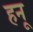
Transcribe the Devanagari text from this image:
हनू